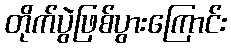
တိုက်ပွဲဖြစ်ပွားကြောင်း